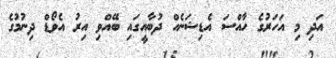
އަދި މި އަހަރުގެ ހާއްސަ އެޑިޝަނެއް ދުބާއީގައި ބޭއްވި އިރު އެވޯޑް ދިނުމުގެ